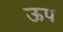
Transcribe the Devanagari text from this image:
ऊप